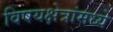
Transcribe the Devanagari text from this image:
विषयक्षेत्रांमध्ये